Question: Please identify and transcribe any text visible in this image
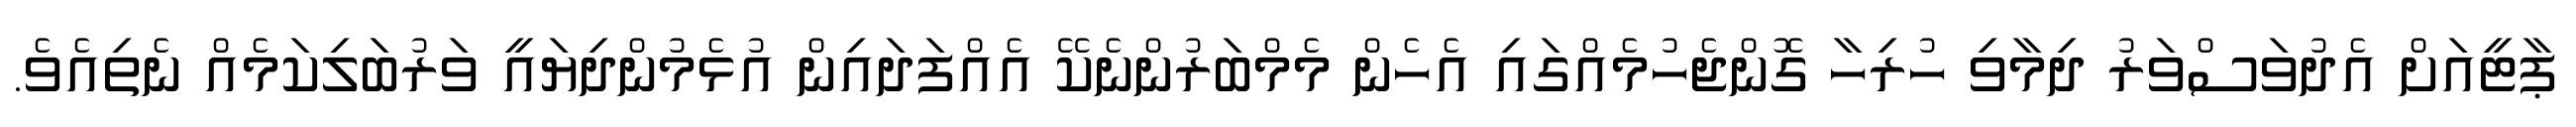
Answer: ޕާޓީއަށް އެދުވަސްވަރު ދިމާވި ހުރިހާ ގޮންޖެހުމެއްގައި އެހެން މެމްބަރުންނެކޭ އެއްފަދައިން އުޅެމުންދިޔައީ ވަރުބަލިކަމެއް ނެތިއެވެ.